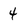
Character: 4